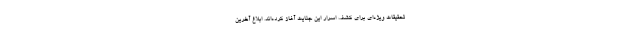
تحقیقات ویژه‌ای برای کشف اسرار این جنایت آغاز کرده‌اند. ابلاغ آخرین